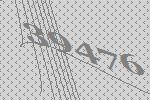
39476